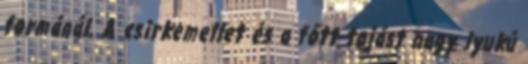
formánál. A csirkemellet és a főtt tojást nagy lyukú